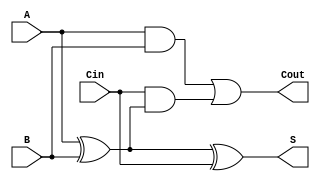
module FullAdder (
    input wire A,      // First input bit
    input wire B,      // Second input bit
    input wire Cin,    // Carry input
    output wire S,     // Sum output
    output wire Cout   // Carry output
);

// Sum calculation
assign S = A ^ B ^ Cin;

// Carry output calculation
assign Cout = (A & B) | (Cin & (A ^ B));

endmodule